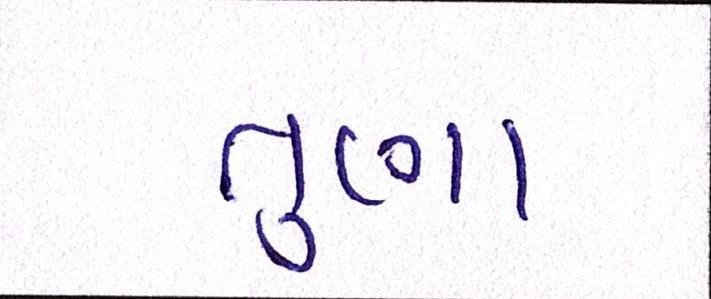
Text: તુણા